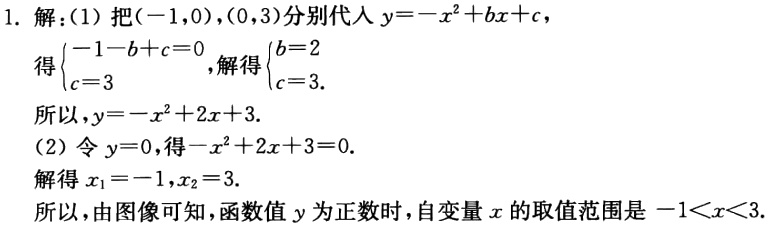
1. 解：
(1) 把\((-1,0)\)，\((0,3)\)分别代入\(y = -x^{2}+bx + c\)，
得\(\begin{cases}-1 - b + c = 0 \\ c = 3\end{cases}\)，解得\(\begin{cases}b = 2 \\ c = 3\end{cases}\).
所以，\(y = -x^{2}+2x + 3\).
(2) 令\(y = 0\)，得\(-x^{2}+2x + 3 = 0\).
解得\(x_{1}=-1\)，\(x_{2}=3\).
所以，由图像可知，函数值\(y\)为正数时，自变量\(x\)的取值范围是\(-1<x<3\).